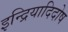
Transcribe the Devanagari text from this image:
इन्द्रियादिदोष